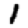
Digit: 1